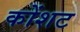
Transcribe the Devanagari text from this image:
कोंशट